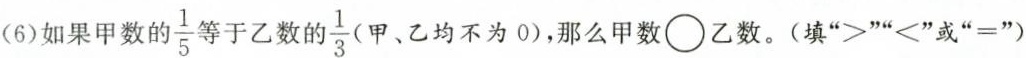
(6)如果甲数的\frac{1}{5}于乙数的\frac{1}{3}(甲、乙均不为0)，那么甲数○乙数。(填”>””<”或”=”)